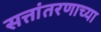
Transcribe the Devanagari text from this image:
सत्तांतरणाच्या